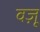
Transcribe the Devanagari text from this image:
वज़ू